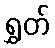
ရွှတ်